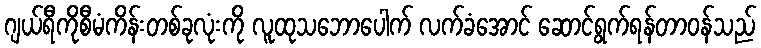
ဂျယ်ရီကိုစီမံကိန်းတစ်ခုလုံးကို လူထုသဘောပေါက် လက်ခံအောင် ဆောင်ရွက်ရန်တာဝန်သည်